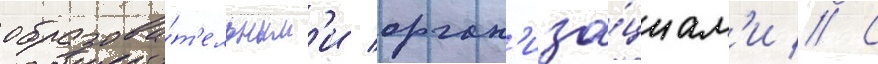
образова́т'ельным'и орган'иза́циам'и // С